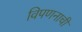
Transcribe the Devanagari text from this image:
विपणनाची